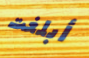
أبلغت